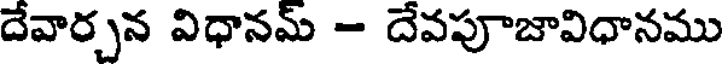
దేవార్చన విధానమ్ - దేవపూజావిధానము